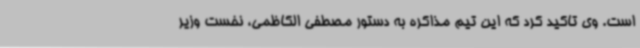
است. وی تاکید کرد که این تیم مذاکره به دستور مصطفی الکاظمی، نخست وزیر